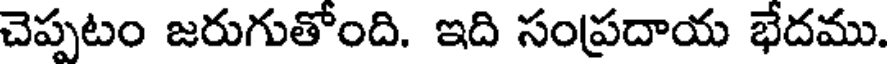
చెప్పటం జరుగుతోంది. ఇది సంప్రదాయ భేదము.